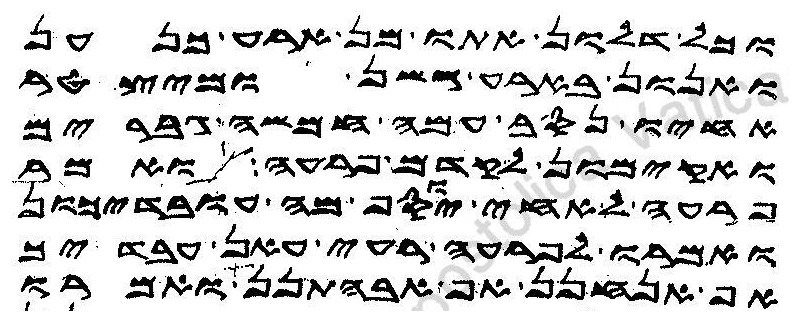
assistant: וכל דלון אתו מן ארע כנען
ואנון בארע גשן ומיצטר
אחיו נסב עמה חמשה גברים
ואקימון לקדם פרעה ואמר
פרעה לאחי יוסף מה עובדיכון
ואמרו לפרעה רעי עאן עבדיך
אף אנחנן אף אבהתנן ואמרו